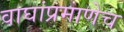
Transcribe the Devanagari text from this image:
वाघांप्रमाणेच